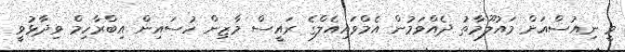
ވީ ނިއުސްއަށް މައުލޫމާތު ދެއްވަމުން އެމްވައިއެލްގެ ރައީސް މާޒިން ހުސައިން އިބްރާހިމް ވިދާޅުވީ